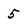
Character: 5